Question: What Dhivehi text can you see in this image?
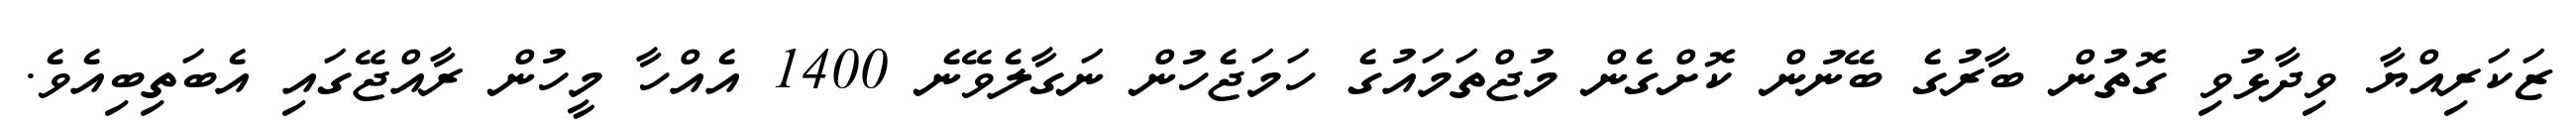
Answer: ޒަކަރިއްޔާ ވިދާޅުވި ގޮތުން ބާރުގެ ބޭނުން ކޮށްގެން މުޖްތަމައުގެ ހަމަޖެހުން ނަގާލެވޭނެ 1400 އެއްހާ މީހުން ރާއްޖޭގައި އެބަތިބިއެވެ.